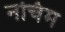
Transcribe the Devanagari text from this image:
नचिम